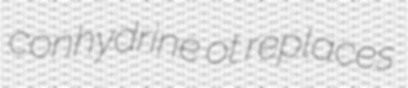
conhydrine ot replaces